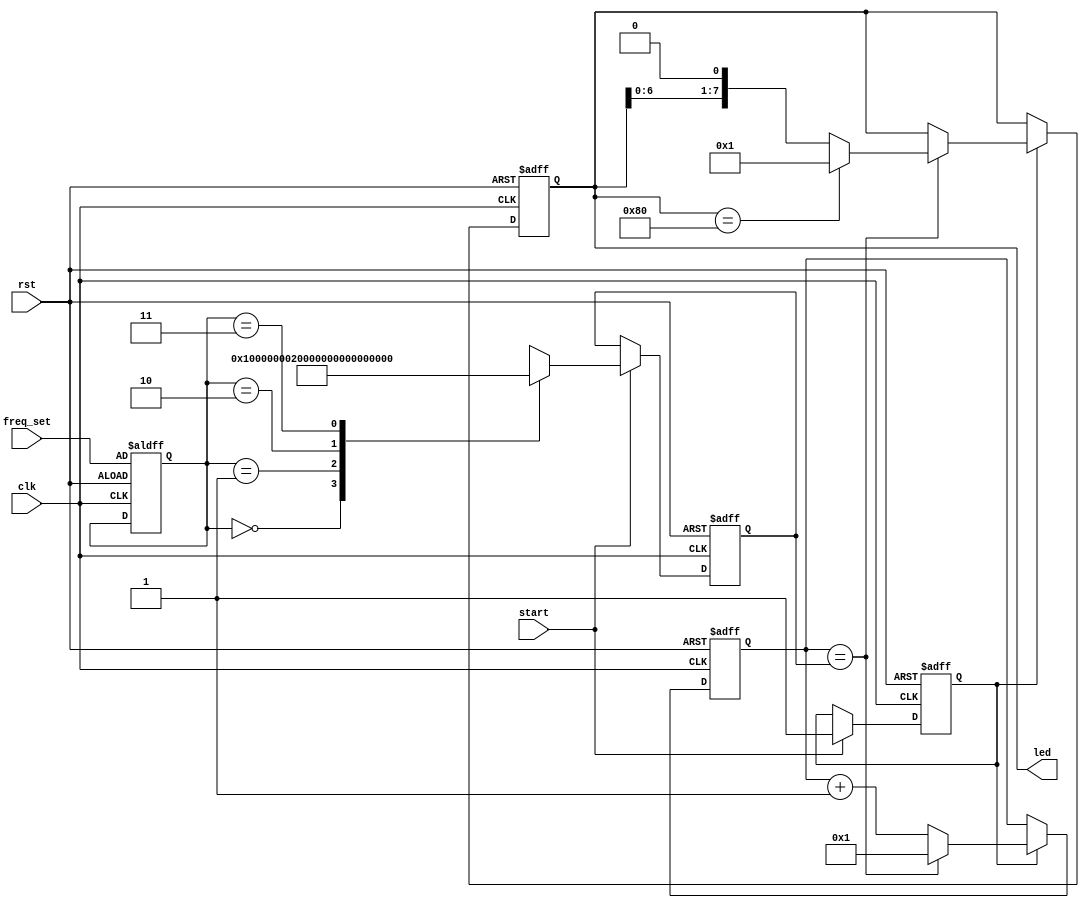
module waterfall (
    input wire clk,
    input wire rst,
    input wire start,
    input wire [1:0] freq_set,
    output reg [7:0] led
);

    reg [31:0] clock_cnt_limit;
    reg [31:0] clock_cnt;
    reg has_started;
    reg [1:0] freq_set_r;

    always @(posedge clk or posedge rst) begin
        if (rst) begin
            led <= 8'h01;
            clock_cnt <= 32'h0000_0001;
            has_started <= 1'b0;
            freq_set_r <= freq_set;
            clock_cnt_limit <= 32'h0;
        end else begin
            if (start) begin
                has_started <= 1'b1;
                case (freq_set_r)
                    2'b00:   clock_cnt_limit <= 32'd1;  // 1 cycle
                    2'b01:   clock_cnt_limit <= 32'd2;  // 2 cycle
                    2'b10:   clock_cnt_limit <= 32'd5;  // 5 cycle
                    2'b11:   clock_cnt_limit <= 32'd10;  // 10 cycle
                    default: clock_cnt_limit <= 32'h0;
                endcase
            end

            if (has_started) begin
                if (clock_cnt == clock_cnt_limit) begin
                    clock_cnt <= 32'h0000_0001;
                    led <= led == 8'h80 ? 8'h01 : led << 8'h1;
                end else begin
                    clock_cnt <= clock_cnt + 32'h1;
                    led <= led;
                end
            end
        end
    end
endmodule